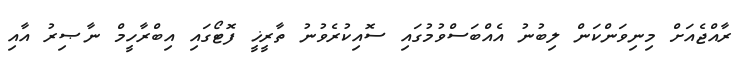
ރާއްޖެއަށް މިނިވަންކަން ލިބުނު އެއްބަސްވުމުގައި ސޮއިކުރެވުނު ތާރީޚީ ފޮޓޯގައި އިބްރާހީމް ނާޞިރު އާއި